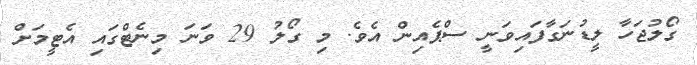
ގޯލުޖަހާ ލީޑުނަގާފައިވަނީ ސްޕެއިން އެވެ. މި ގޯލު 29 ވަނަ މިނެޓްގައި އެޓީމަށް